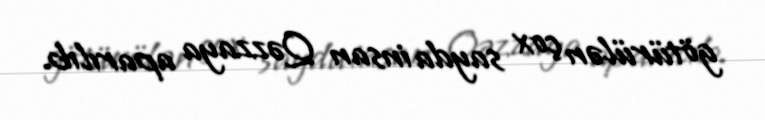
götürülən çox sayda insan Qəzzaya aparılıb.